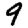
Digit: 9